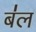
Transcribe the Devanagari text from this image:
ब॑ल